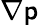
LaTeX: \nabla\mathsf{p}